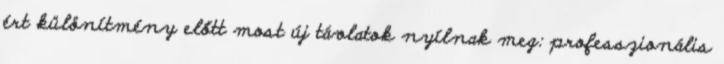
ért különítmény előtt most új távlatok nyílnak meg: professzionális